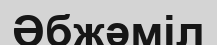
Әбжәміл